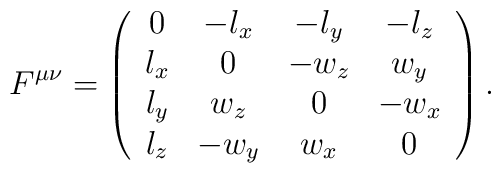
F^{\mu \nu} =\left(\begin{array}{cccc} 0 & -l_x & -l_y & -l_z \\ l_x & 0 & -w_z & w_y \\ l_y & w_z & 0 & -w_x \\ l_z & -w_y & w_x & 0 \end{array}\right) .